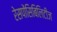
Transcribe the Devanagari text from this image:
रेसपोंसिबिलिटीज